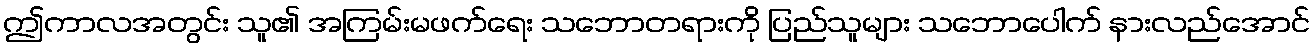
ဤကာလအတွင်း သူ၏ အကြမ်းမဖက်ရေး သဘောတရားကို ပြည်သူများ သဘောပေါက် နားလည်အောင်